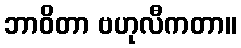
ဘာဝိတာ ဗဟုလီကတာ။